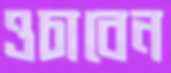
ওচাবেন